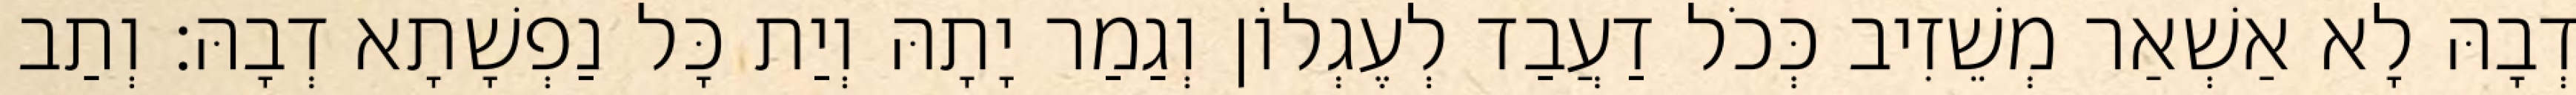
דְבָהּ לָא אַשְׁאַר מְשֵׁזִיב כְּכֹל דַעֲבַד לְעֶגְלוֹן וְגַמַר יָתָהּ וְיַת כָּל נַפְשָׁתָא דְבָהּ׃ וְתַב